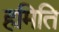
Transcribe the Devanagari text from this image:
हमिति